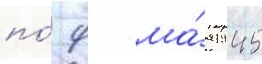
по́ 9 ма́я 1945